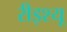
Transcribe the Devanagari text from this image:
रीइश्यू